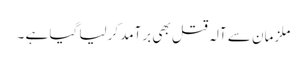
ملزمان سے آلہ قتل بھی برآمد کرلیا گیا ہے ۔